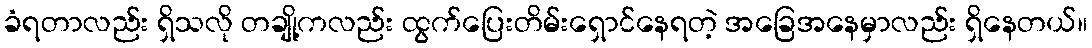
ခံရတာလည်း ရှိသလို တချို့ကလည်း ထွက်ပြေးတိမ်းရှောင်နေရတဲ့ အခြေအနေမှာလည်း ရှိနေတယ်။